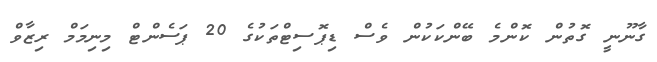
ގާނޫނީ ގޮތުން ކޮންމެ ބޭންކަކުން ވެސް ޑިޕޮސިޓްތަކުގެ 20 ޕަސެންޓް މިނިމަމް ރިޒާވް